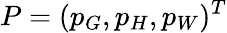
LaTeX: P=(p_{G},p_{H},p_{W})^{T}